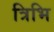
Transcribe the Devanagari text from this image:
त्रिभि